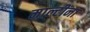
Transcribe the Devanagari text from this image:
माल्टींना